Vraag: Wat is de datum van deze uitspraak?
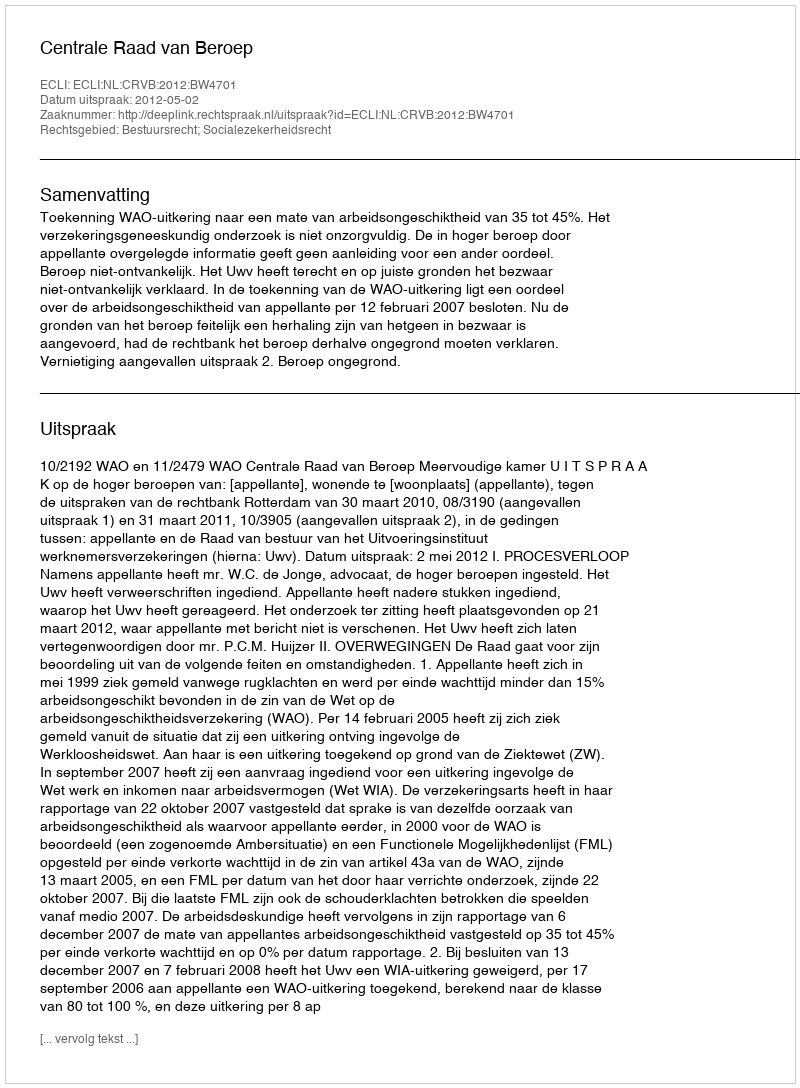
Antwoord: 2012-05-02